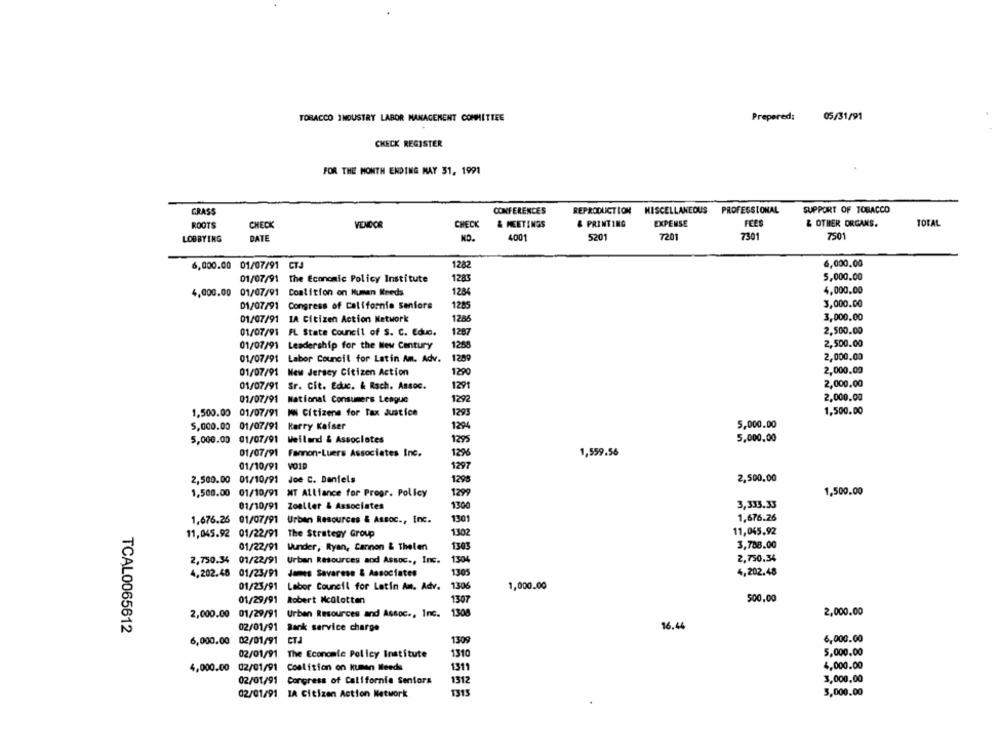
TOBACCO INDUSTRY LABOR MANAGEMENT COMMITTEE
Prepared:
05/31/91
CHECK REGISTER
FOR THE MONTH ENDING MAY 31, 1991
GRASS
CONFERENCES
REPRODUCTION MISCELLANEOUS PROFESSIONAL
SUPPORT OF TOBACCO
ROOTS
CHECK
VENDOR
CHECK
& MEETINGS
& PRINTING
EXPENSE
FEES
& OTHER ORGANS.
TOTAL
LOBBYING
RATE
ND.
4001
5201
7201
7301
7501
1282
6,000.00
6,000.00 01/07/91 CTJ
01/07/91 The Economic Policy Institute
1283
5,000.00
4,000.00 01/07/91
Coalition on Human Needs
1284
4,000,00
01/07/91
Congress of California Seniors
1285
3,000.00
3,000.00
01/07/91
IA Citizen Action Network
1286
01/07/91
1287
2,500.00
FL State Council of S. C. Educ.
01/07/91 Leadership for the New Century
1258
2,500.00
01/07/91
Labor Council for Latin Am. Adv.
1289
2,000.00
2,000.00
01/07/91 New Jersey Citizen Action
1290
1291
2,000.00
01/07/91
Sr. Cit. Educ. & Rsch. Ansoc.
01/07/91
National Consumers League
1292
2,000.00
1,500.00 01/07/91 MN Citizens for Tax Justice
1293
1,500.00
5,000.00 01/07/91
Karry Kafser
1294
5,000.00
5,000.00 01/07/91 Weiland & Associates
1295
5,000,00
01/07/91
Fanon-Luers Associates Inc.
1,559.56
1296
01/10/91
VOIR
1297
2,500.00
01/10/91 Joe C. Daniels
1298
2,500.00
1,500.00
1,500.00
01/10/91 NT Alliance for Progr. Policy
1299
01/10/91 Zoeller & Associates
1300
3,333.33
1,676.26 01/07/91 Urban Resources & Assoc ., Inc.
1301
1,676.26
11,045.92 01/22/91 The Strategy Group
1302
11,045.92
3,788.00
01/22/91 Wunder, Ryan, Cannon & Thelen
1303
1304
2,750,34
2,750.34 01/22/91 Urban Resources and Assoc ., Inc.
4,202.48 01/23/91 James Savarese & Associates
1305
4,202.48
01/23/91 Labor Council for Latin Am. Adv.
1306
1,000.00
01/29/91
Robert Ncolotten
1307
500.00
2,000.00
01/29/91 Urban Resources and Assoc ., Inc. 1308
2,000.00
02/01/91 Bank service charge
16.44
TCAL0065612
6,000.00 02/01/91 CTJ
1309
6,000.00
02/01/91
The Economic Policy Institute
1310
5,000.00
4,000.00
02/01/91
Coalition on kuman leeds
1311
4,000.00
3,000,00
02/01/91
Congress of California Seniors
1312
02/01/91 IA Citizen Action Network
1315
3,000.00